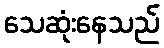
သေဆုံးနေသည်